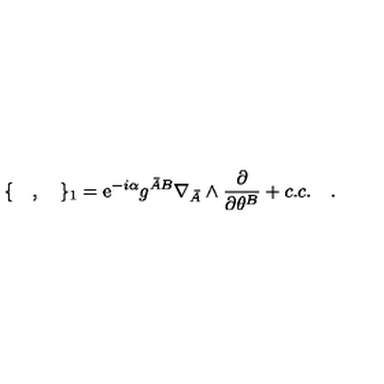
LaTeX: \{ \quad , \quad \} _ { 1 } = \mathrm { e } ^ { - i \alpha } { g ^ { { \bar { A } } B } } \nabla _ { \bar { A } } \wedge \frac { \partial } { \partial \theta ^ { B } } + c . c . \quad .